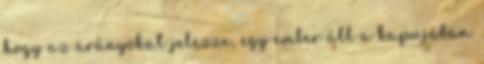
hogy az arányokat jelezze, egy ember áll a kapujában.